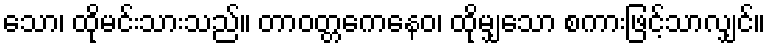
သော၊ ထိုမင်းသားသည်။ တာဝတ္တကေနေဝ၊ ထိုမျှသော စကားဖြင့်သာလျှင်။